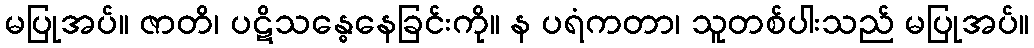
မပြုအပ်။ ဇာတိ၊ ပဋိသန္ဓေနေခြင်းကို။ န ပရံကတာ၊ သူတစ်ပါးသည် မပြုအပ်။